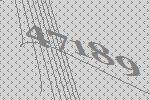
47189